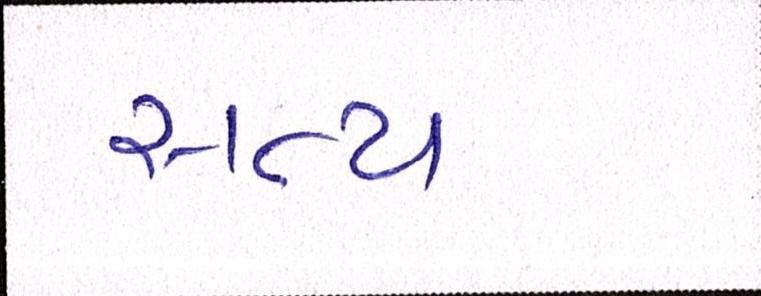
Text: સત્ય